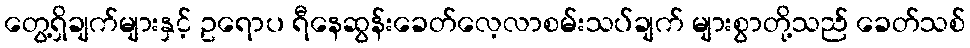
တွေ့ရှိချက်များနှင့် ဥရောပ ရီနေဆွန်းခေတ်လေ့လာစမ်းသပ်ချက် များစွာတို့သည် ခေတ်သစ်